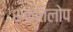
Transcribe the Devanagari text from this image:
शक्तिलोप